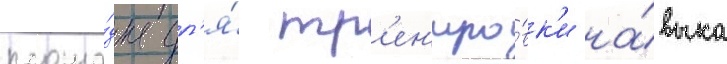
площа́дка дл'я́ тр'ен'иро́вк'и на́выка